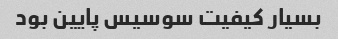
بسیار کیفیت سوسیس پایین بود